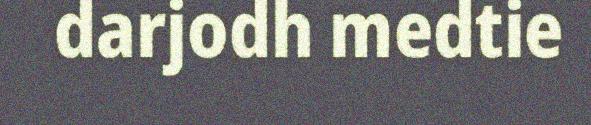
darjodh medtie